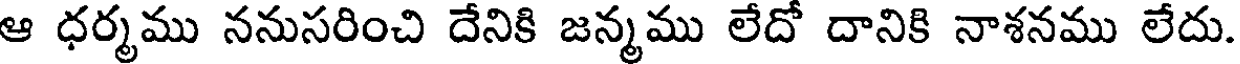
ఆ ధర్మము ననుసరించి దేనికి జన్మము లేదో దానికి నాశనము లేదు.